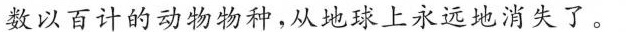
数以百计的动物物种，从地球上永远的消失了